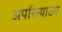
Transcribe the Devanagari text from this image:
अपरित्याज्य